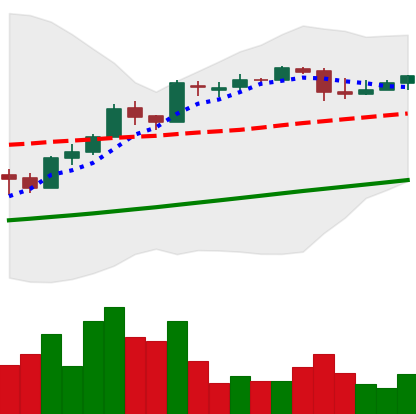
Ticker: BTC-USD
Chart end date: 2017-04-17
Forward return: 3.166%
Label: up_3_5